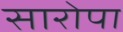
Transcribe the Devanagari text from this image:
सारोपा